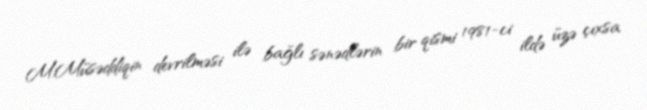
M.Müsəddiqin devrilməsi ilə bağlı sənədlərin bir qismi 1981-ci ildə üzə çıxsa